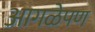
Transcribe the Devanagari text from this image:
आगळेपण